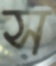
স